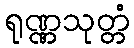
ရုဏ္ဏသုတ္တံ